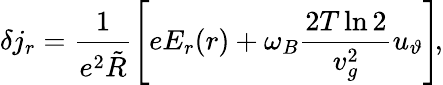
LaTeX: \delta j_{r}=\frac{1}{e^{2}\tilde{R}}\left[eE_{r}(r)+\omega_{B}\frac{2T\ln 2}{v_{g}^{2}}u_{\vartheta}\right]\! ,